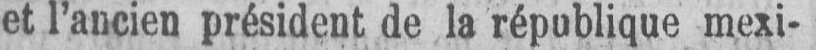
et l’ancien président de la république mexi-